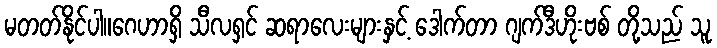
မတတ်နိုင်ပါ။ဂေဟာရှိ သီလရှင် ဆရာလေးများနှင့် ဒေါက်တာ ဂျက်ဒီဟိုးဗစ် တို့သည် သူ